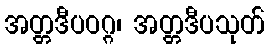
အတ္တဒီပဝဂ္ဂ၊ အတ္တဒီပသုတ်